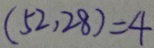
( 5 2 , 2 8 ) = 4